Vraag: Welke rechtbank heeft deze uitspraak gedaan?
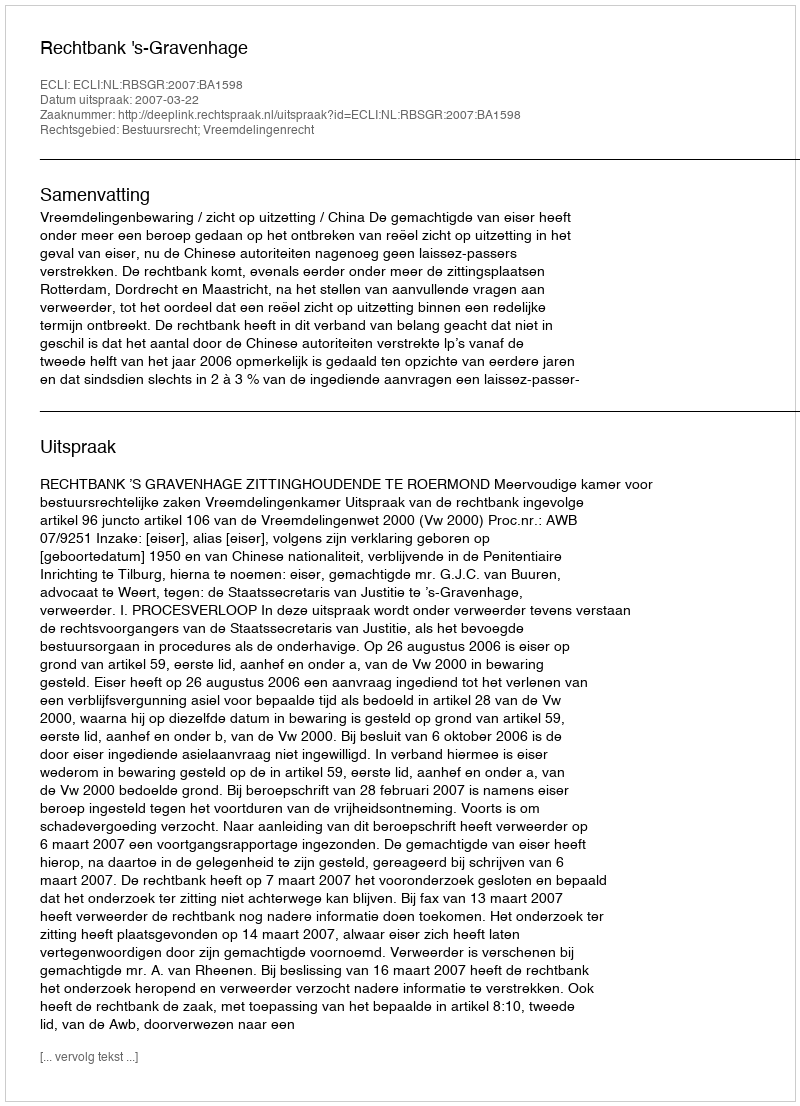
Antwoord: Rechtbank 's-Gravenhage